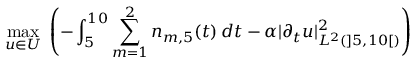
\operatorname* { m a x } _ { u \in U } \; \left( - \int _ { 5 } ^ { 1 0 } \sum _ { m = 1 } ^ { 2 } n _ { m , 5 } ( t ) \, d t - \alpha | \partial _ { t } u | _ { L ^ { 2 } ( \mathopen ] 5 , 1 0 \mathclose [ ) } ^ { 2 } \right)